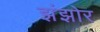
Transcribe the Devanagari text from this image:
झंझोर